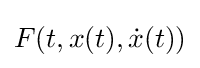
F(t,x(t),{\dot {x}}(t))